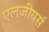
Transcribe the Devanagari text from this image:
एलजीयर्स